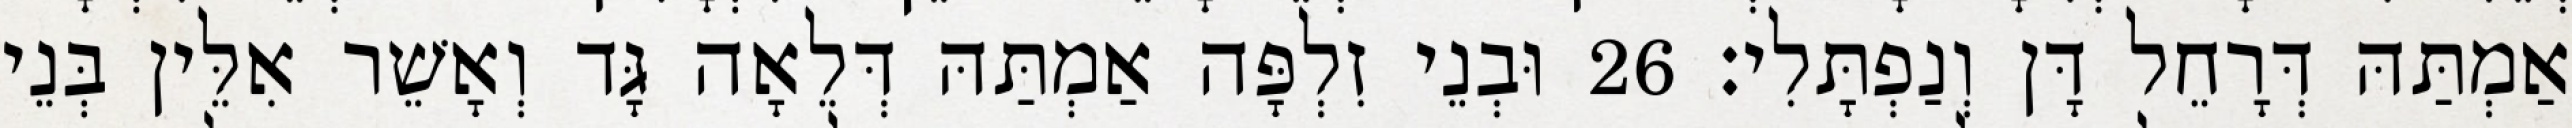
אַמְתַּהּ דְּרָחֵל דָּן וְנַפְתָּלִי׃ 26 וּבְנֵי זִלְפָּה אַמְתַּהּ דְּלֵאָה גָּד וְאָשֵׁר אִלֵּין בְּנֵי